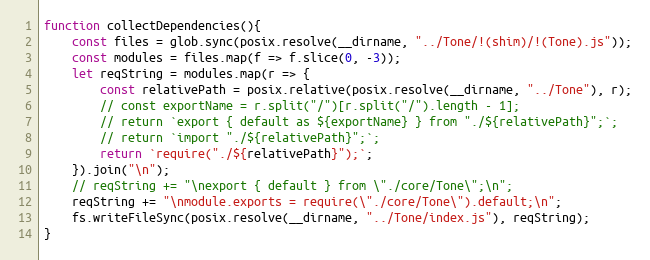
Language: JavaScript
function collectDependencies(){
	const files = glob.sync(posix.resolve(__dirname, "../Tone/!(shim)/!(Tone).js"));
	const modules = files.map(f => f.slice(0, -3));
	let reqString = modules.map(r => {
		const relativePath = posix.relative(posix.resolve(__dirname, "../Tone"), r);
		// const exportName = r.split("/")[r.split("/").length - 1];
		// return `export { default as ${exportName} } from "./${relativePath}";`;
		// return `import "./${relativePath}";`;
		return `require("./${relativePath}");`;
	}).join("\n");
	// reqString += "\nexport { default } from \"./core/Tone\";\n";
	reqString += "\nmodule.exports = require(\"./core/Tone\").default;\n";
	fs.writeFileSync(posix.resolve(__dirname, "../Tone/index.js"), reqString);
}